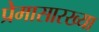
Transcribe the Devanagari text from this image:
प्रेमासारख्या